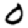
Digit: 0